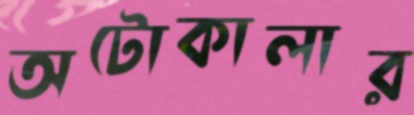
অটোকালার